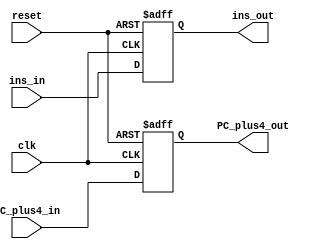
module IF_ID(reset, clk, ins_in, ins_out, PC_plus4_in, PC_plus4_out);

    input reset, clk;
    input [31:0] ins_in, PC_plus4_in;
    output [31:0] ins_out, PC_plus4_out;

    reg [31:0] ins, PC_plus4;

    assign ins_out = ins;
    assign PC_plus4_out = PC_plus4;

    always @(posedge reset or posedge clk)
        if (reset) begin
            ins <= 32'h00000000;
            PC_plus4 <= 32'h00000000;
        end
        else begin
            ins <= ins_in;
            PC_plus4 <= PC_plus4_in;
        end

endmodule